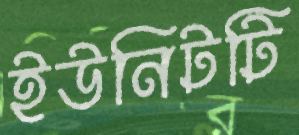
ইউনিটটি